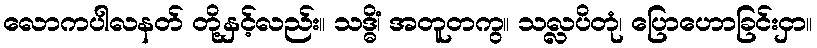
လောကပါလနတ် တို့နှင့်လည်း။ သဒ္ဓိံ၊ အတူတကွ။ သလ္လပိတုံ၊ ပြောဟောခြင်းငှာ။